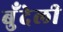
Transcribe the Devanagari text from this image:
बुँदेली